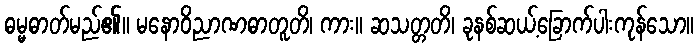
ဓမ္မဓာတ်မည်၏။ မနောဝိညာဏဓာတူတိ၊ ကား။ ဆသတ္တတိ၊ ခုနစ်ဆယ့်ခြောက်ပါးကုန်သော။